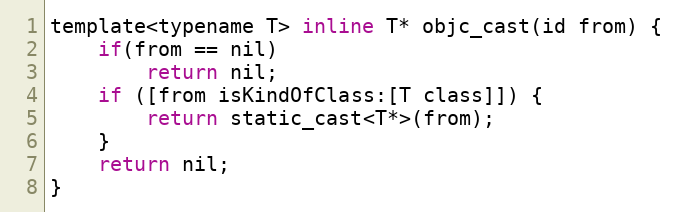
Language: C
template<typename T> inline T* objc_cast(id from) {
    if(from == nil)
        return nil;
    if ([from isKindOfClass:[T class]]) {
        return static_cast<T*>(from);
    }
    return nil;
}